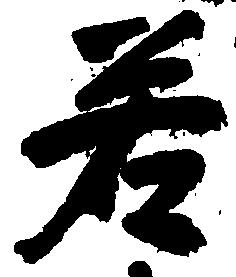
若